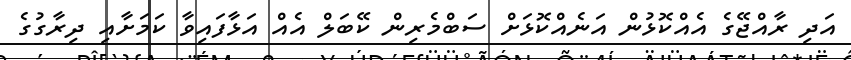
އަދި ރާއްޖޭގެ އެއްކޮޅުން އަނެއްކޮޅަށް ސަބްމެރިން ކޭބަލް އެއް އަޅާފައިވާ ކަަމަށާއި ދިރާގުގެ